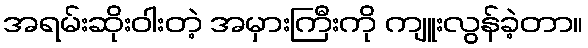
အရမ်းဆိုးဝါးတဲ့ အမှားကြီးကို ကျူးလွန်ခဲ့တာ။